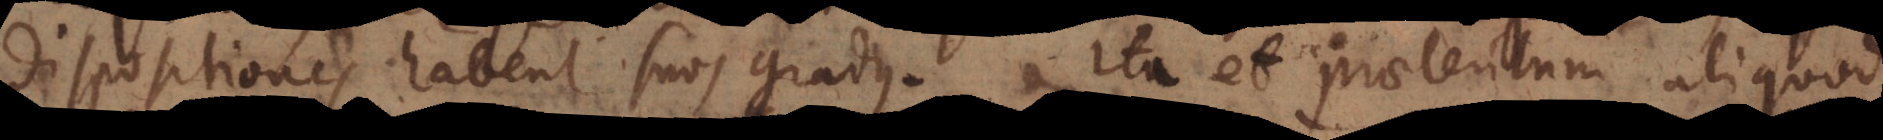
dispositiones habent suos gradus. Ita et praeteritum aliquod